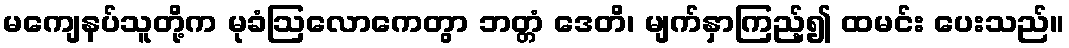
မကျေနပ်သူတို့က မုခံဩလောကေတွာ ဘတ္တံ ဒေတိ၊ မျက်နှာကြည့်၍ ထမင်း ပေးသည်။